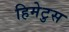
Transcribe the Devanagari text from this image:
हिमेटुस